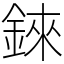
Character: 錸